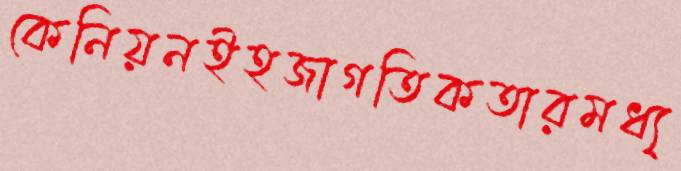
কেনিয়নইহজাগতিকতারমধ্য্